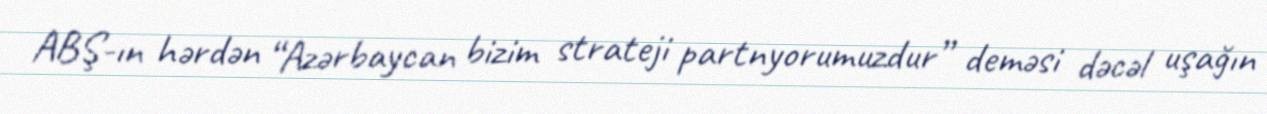
ABŞ-ın hərdən “Azərbaycan bizim strateji partnyorumuzdur” deməsi dəcəl uşağın